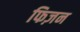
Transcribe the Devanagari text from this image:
फिज़न